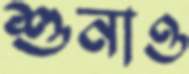
শুনাও